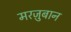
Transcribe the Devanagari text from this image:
मरज़ुबान